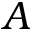
A